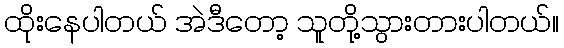
ထိုးနေပါတယ် အဲဒီတော့ သူတို့သွားတားပါတယ်။